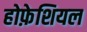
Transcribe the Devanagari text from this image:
होफ़ेशियल